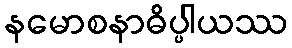
နမောစနာဓိပ္ပါယဿ